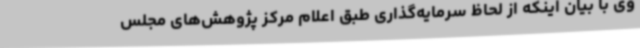
وی با بیان اینکه از لحاظ سرمایه‌گذاری طبق اعلام مرکز پژوهش‌های مجلس